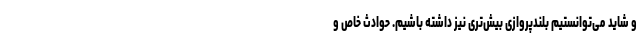
و شاید می‌توانستیم بلندپروازی بیش‌تری نیز داشته باشیم. حوادث خاص و